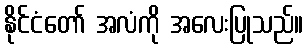
နိုင်ငံတော် အလံကို အလေးပြုသည်။